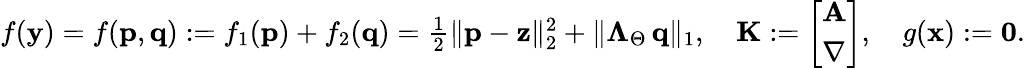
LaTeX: \begin{array}{r}{f(\mathbf{y})=f(\mathbf{p},\mathbf{q}):=f_{1}(\mathbf{p})+f_{2}(\mathbf{q})=\frac{1}{2}\| \mathbf{p}-\mathbf{z}\| _{2}^{2}+\| \boldsymbol{\Lambda}_{\Theta}\, \mathbf{q}\| _{1},\quad\mathbf{K}:=\left[\begin{array}{l}{\mathbf A}\\ {\nabla}\end{array}\right],\quad g(\mathbf{x}):=\mathbf{0}.}\end{array}